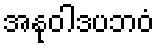
အနုဝါဒပဘဝံ